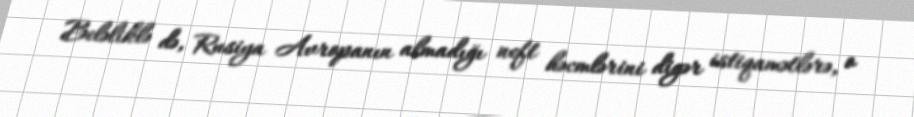
Beləliklə də, Rusiya Avropanın almadığı neft həcmlərini digər istiqamətlərə, o